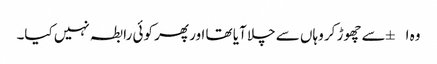
وہ ا±سے چھوڑ کر وہاں سے چلا آیا تھا اور پھر کوئی رابطہ نہیں کیا۔